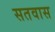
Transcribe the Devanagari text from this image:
सतवास